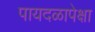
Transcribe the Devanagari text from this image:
पायदळापेक्षा